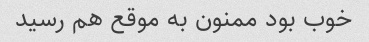
خوب بود ممنون به موقع هم رسید